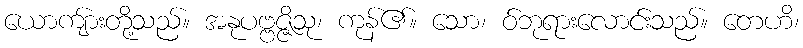
ယောကျ်ားတို့သည်။ အနုပဗ္ဗဇ္ဇိသု၊ ကုန်၏။ သော၊ ဝ်ဘုရားလောင်းသည်။ တေဟိ၊